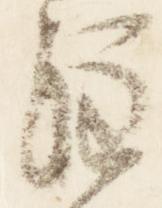
注